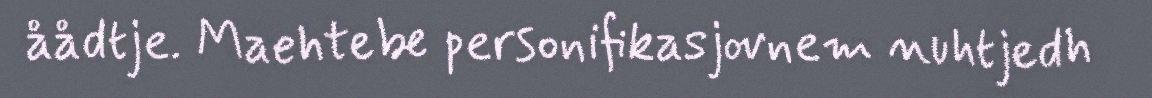
åådtje. Maehtebe personifikasjovnem nuhtjedh